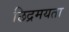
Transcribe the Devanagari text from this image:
छिद्रमयता